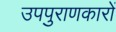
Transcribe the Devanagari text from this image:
उपपुराणकारों